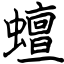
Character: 蟺